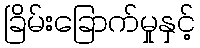
ခြိမ်းခြောက်မှုနှင့်